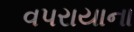
વપરાયાના